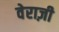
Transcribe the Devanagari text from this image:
वेराज़ी